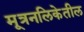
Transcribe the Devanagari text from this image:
मूत्रनलिकेतील